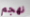
نهجم